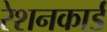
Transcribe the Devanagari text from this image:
रेशनकार्ड